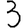
Digit: 3